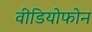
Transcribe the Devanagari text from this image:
वीडियोफोन